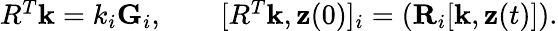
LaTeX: \begin{array}{r}{R^{T}{\mathbf k}=k_{i}{\mathbf G}_{i},\qquad[R^{T}{\mathbf k},{\mathbf z}(0)]_{i}=({\mathbf R}_{i}[{\mathbf k},{\mathbf z}(t)]).}\end{array}